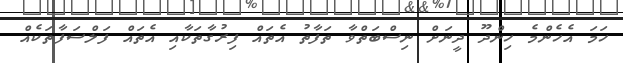
ހަމަ އެހެންމެ ހިންދޫ ދީނަށް ނިސްބަތްވާ ތަފާތު އެތައް ފިރުގާތަކާއި އެތައް ފަލްސަފާތަކެއް